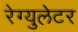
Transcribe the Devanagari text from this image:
रेग्युलेटर